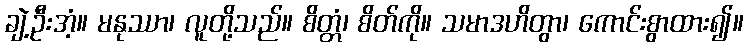
ချဲ့ဦးအံ့။ မနုဿာ၊ လူတို့သည်။ စိတ္တံ၊ စိတ်ကို။ သမာဒဟိတွာ၊ ကောင်းစွာထား၍။